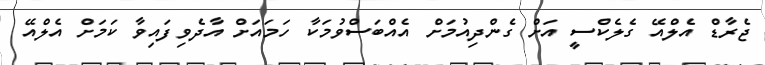
ޖެރާޑް އެލްއޭ ގެލެކްސީ އަށް ގެންދިއުމަށް އެއްބަސްވުމަކާ ހަމައަށް އާދެވިފައިވާ ކަމަށް އެލްއޭ